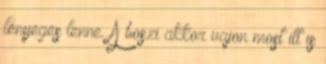
lényeges lenne. A boszi akkor vajon most itt is